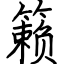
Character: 籁